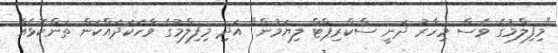
"މިފިލްމުގެ ވެސް މިހާރު ދަނީ ސްކްރިޕްޓް ލިޔަމުން" އަދި މިފިލްމުގެ ވާހަކަދައްކަން ތަންކޮޅެއް